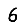
Digit: 6